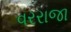
વરરાજા